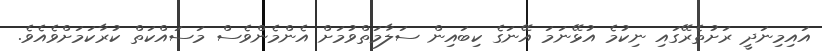
އައިމިނަދީ ރަށުތެރޭގައި ނިކުމެ އުޅޭނަމަ އޭނަގެ ކިބައިން ސަލާމަތްވުމަށް އެންމެންވެސް މަސައްކަތް ކުރާކަމަށްވެއެވެ.